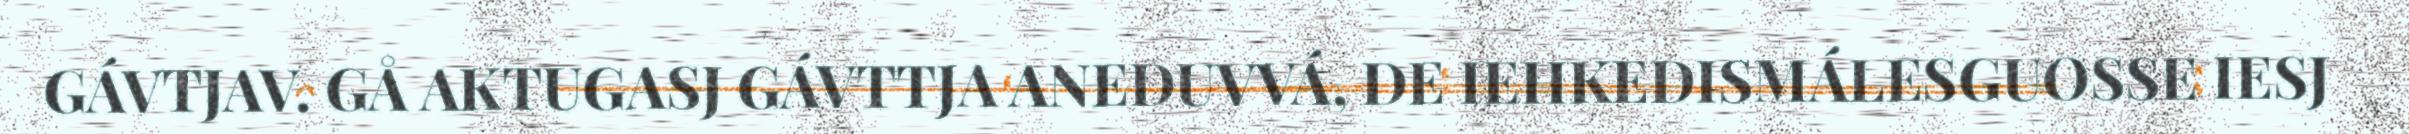
GÁVTJAV. GÅ AKTUGASJ GÁVTTJA ANEDUVVÁ, DE IEHKEDISMÁLESGUOSSE IESJ